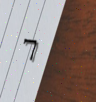
7